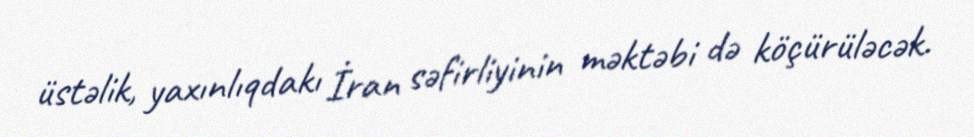
üstəlik, yaxınlıqdakı İran səfirliyinin məktəbi də köçürüləcək.